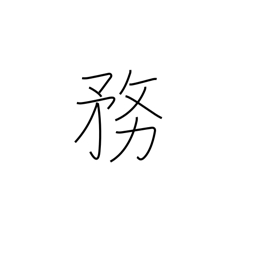
Meaning: duties